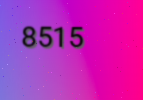
8515